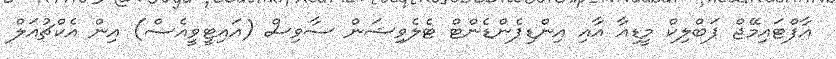
އާފްޓައިމޭޖް ޕަބްލިކް މީޑިއާ އާއި އިންޑިޕެންޑެންޓް ޓެލެވިޝަން ސާވިސް (އައިޓީވީއެސް) އިން އެކްޗުއަލް